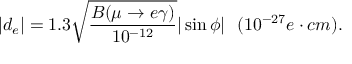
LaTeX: | d _ { e } | = 1 . 3 \sqrt { \frac { B ( \mu \rightarrow e \gamma ) } { 1 0 ^ { - 1 2 } } } | \sin \phi | ~ ~ ( 1 0 ^ { - 2 7 } e \cdot c m ) .